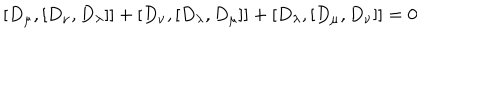
LaTeX: [ D _ { \mu } , [ D _ { \nu } , D _ { \lambda } ] ] + [ D _ { \nu } , [ D _ { \lambda } , D _ { \mu } ] ] + [ D _ { \lambda } , [ D _ { \mu } , D _ { \nu } ] ] = 0